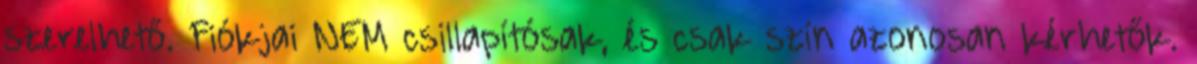
szerelhető. Fiókjai NEM csillapítósak, és csak szín azonosan kérhetők.